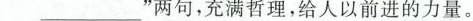
___”两句，充满哲理，给人以前进的力量。